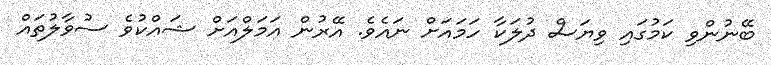
ބޭނުންވި ކަމުގައި ވިޔަސް ދުލަކާ ހަމައަށް ނައެވެ. އޭރުން އަމަލްއަށް ޝައްކުވެ ސުވާލުތައް